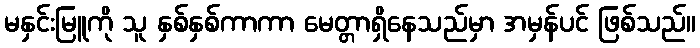
မနှင်းမြူကို သူ နှစ်နှစ်ကာကာ မေတ္တာရှိနေသည်မှာ အမှန်ပင် ဖြစ်သည်။